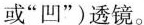
或”凹”）透镜。